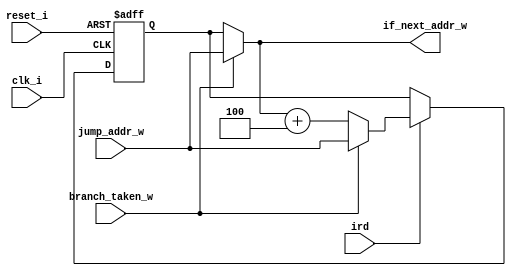
`timescale 1ns / 1ps
//--------------------------------------------------------------------
// Program Counter
//--------------------------------------------------------------------
module riscv_pc #(
parameter 	RESET_SP = 32'h0000,
parameter   PC_SIZE  = 32)
(
	input clk_i,						// Clock
	input reset_i,						// Reset
	input ird,							// Instruction Read request
	input branch_taken_w,				// Jump instruction
	input [PC_SIZE-1:0] jump_addr_w,	// Jump address
	output [PC_SIZE-1:0] if_next_addr_w	// Next instruction
);

reg [PC_SIZE-1:0] if_addr_r;
always @(posedge clk_i or negedge reset_i) begin
  if (~reset_i) begin
	//Your code
    if_addr_r <= 32'h0/*insert your code*/;
  end
  else begin 
	if (ird) begin
		// Your code
		//{{{
		if(branch_taken_w) begin
			if_addr_r <= jump_addr_w/*insert your code*/;
		end
		else begin
			//if_addr_r <= if_addr_r + 32'h4/*insert your code*/;
			if_addr_r <= if_next_addr_w + 'd4;
		end
		//}}}
	end
  end
end

assign if_next_addr_w = branch_taken_w ? jump_addr_w: if_addr_r;

endmodule